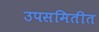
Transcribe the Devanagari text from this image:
उपसमितीत